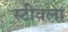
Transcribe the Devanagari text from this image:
स्टीवला